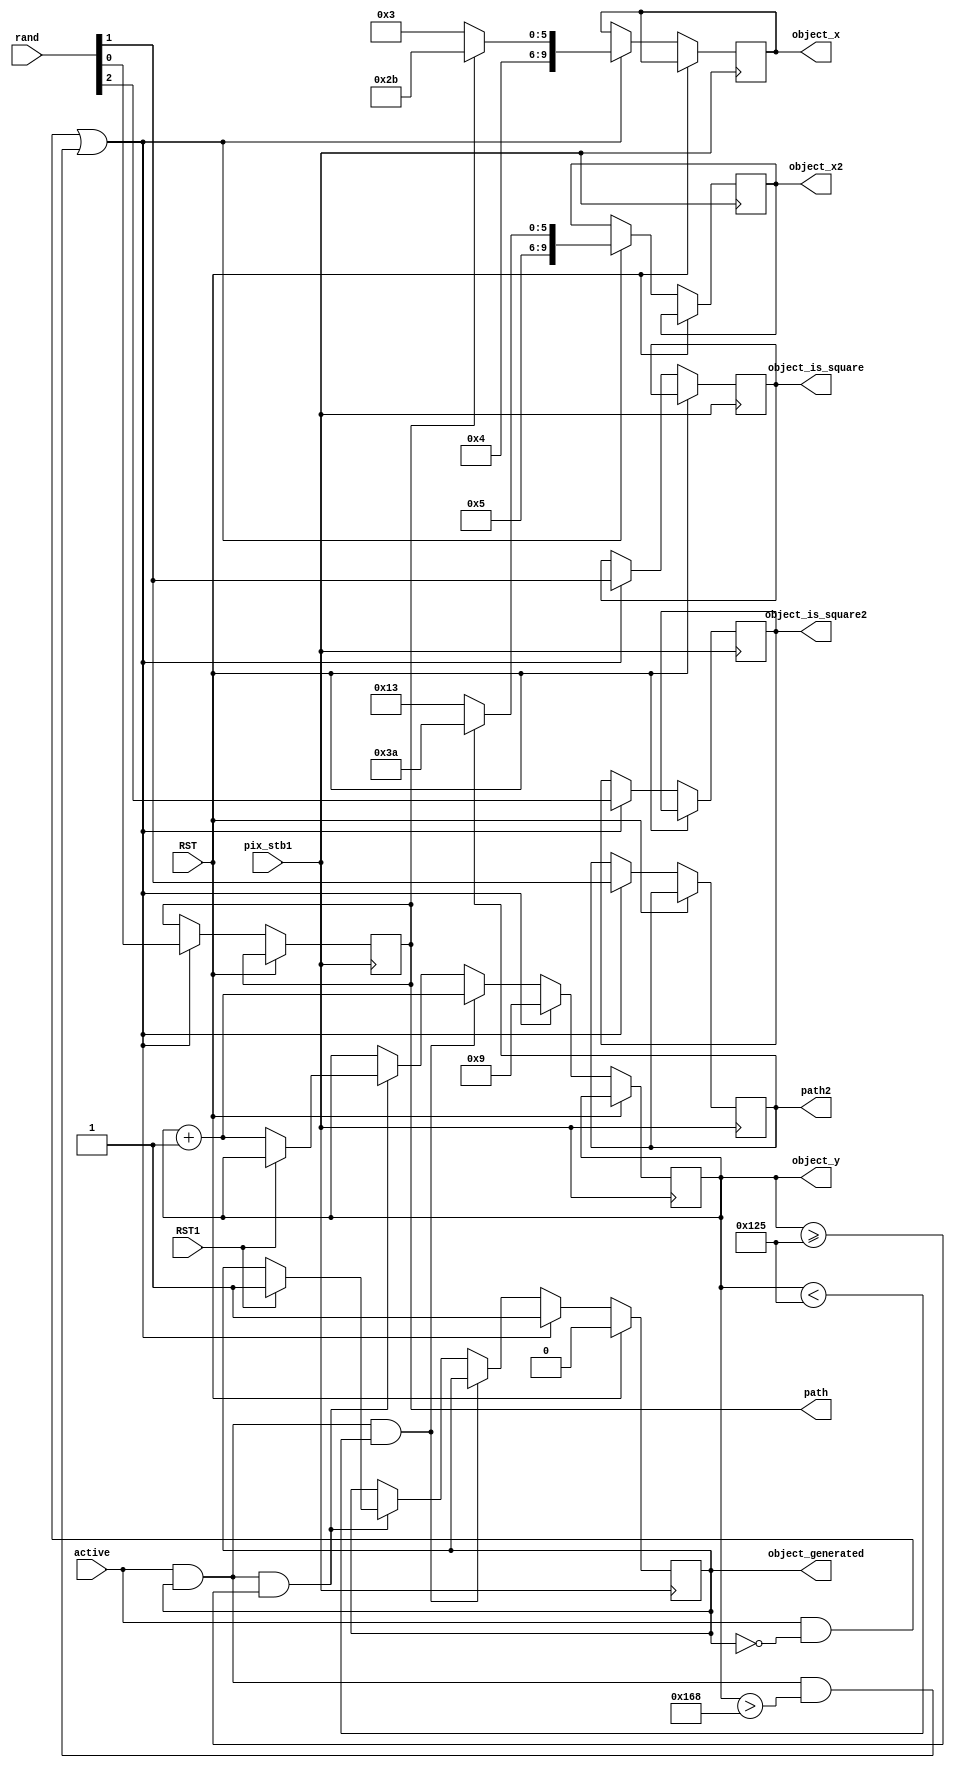
module object_generator (
    input wire pix_stb1,
    input wire RST,
    input wire active,
    input wire [2:0] rand,
    input wire RST1,
    output reg [9:0] object_x,
    output reg [9:0] object_x2,
    output reg [8:0] object_y,
    output reg object_generated,
    output reg object_is_square,
    output reg object_is_square2,
    output reg path,
    output reg path2
);

   initial object_generated = 0;
   parameter OBJECT_SPEED = 1; // Speed of object movement

    always @(posedge pix_stb1) begin
     
         if (RST) begin
             object_generated <= 1'b0;
         
         end else  if (active && ~object_generated || (active && object_generated && object_y > 360)) begin
             // generates the object randomly and on different paths
             object_generated <= 1'b1;
             object_is_square <= rand[1];
             path <= rand[0];
             object_is_square2 <= rand[2];
             path2 <= rand[1];
             object_x <= path ? 10'd299:10'd259; 
             object_x2 <= path2 ? 10'd378:10'd339;
             object_y <= 9'd9; 

         end else if (active && object_generated && object_y < 293) begin
             // increment the y position for object
             object_y <= object_y + OBJECT_SPEED;   
                      
         end else if (active && object_generated && object_y >= 293) begin
            if (RST1) begin // Collision detected
              object_generated <= 1'b1;          
            end else begin 
              object_y <= object_y + OBJECT_SPEED;  
            end
            
         end else object_y <= object_y;
         
    end

endmodule